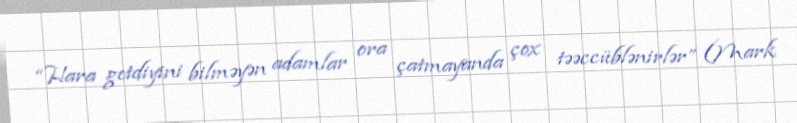
“Hara getdiyini bilməyən adamlar ora çatmayanda çox təəccüblənirlər” (Mark